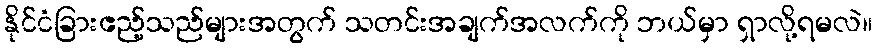
နိုင်ငံခြားဧည့်သည်များအတွက် သတင်းအချက်အလက်ကို ဘယ်မှာ ရှာလို့ရမလဲ။